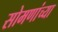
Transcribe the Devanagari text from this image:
सोमणांच्या